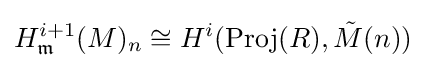
H_{\mathfrak {m}}^{i+1}(M)_{n}\cong H^{i}({\text{Proj}}(R),{\tilde {M}}(n))